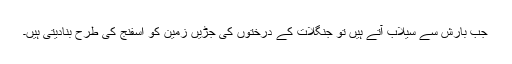
جب بارش سے سیلاب آتے ہیں تو جنگلات کے درختوں کی جڑیں زمین کو اسفنج کی طرح بنادیتی ہیں۔